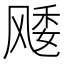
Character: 𱃜